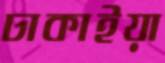
ঢাকাইয়া